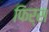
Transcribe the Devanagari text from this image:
फिर्स